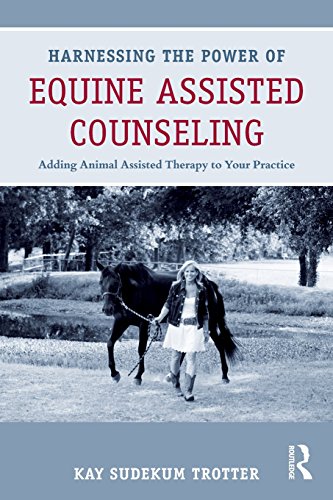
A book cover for Harnessing the Power of Equine Assisted Counseling: Adding Animal Assisted Therapy to Your Practice; Medical Books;